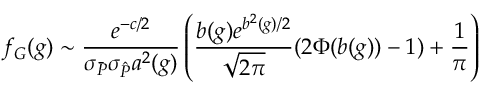
f _ { G } ( g ) \sim \frac { e ^ { - c / 2 } } { \sigma _ { \bar { P } } \sigma _ { \hat { P } } a ^ { 2 } ( g ) } \left( \frac { b ( g ) e ^ { b ^ { 2 } ( g ) / 2 } } { \sqrt { 2 \pi } } ( 2 \Phi ( b ( g ) ) - 1 ) + \frac { 1 } { \pi } \right)